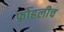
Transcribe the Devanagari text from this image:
फ्रोहलीच